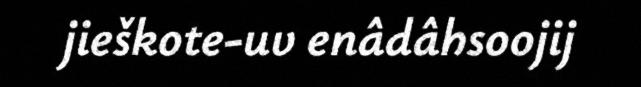
jieškote-uv enâdâhsoojij